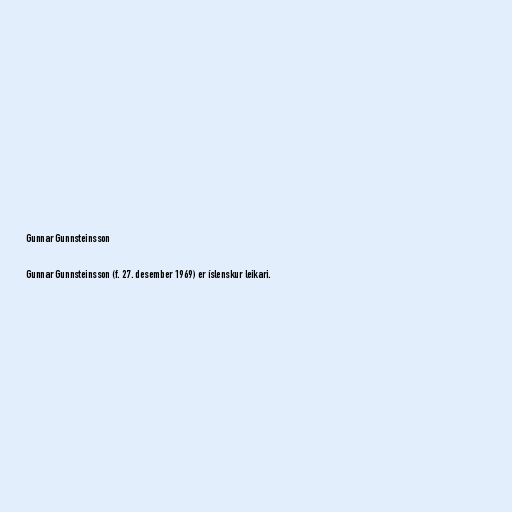
Gunnar Gunnsteinsson

Gunnar Gunnsteinsson (f. 27. desember 1969) er íslenskur leikari.